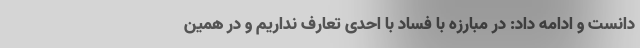
دانست و ادامه داد: در مبارزه با فساد با احدی تعارف نداریم و در همین